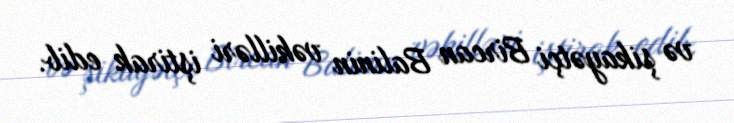
və şikayətçi Bircan Balinin vəkilləri iştirak edib.